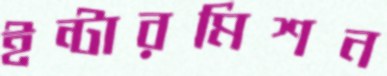
ইন্টারমিশন